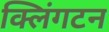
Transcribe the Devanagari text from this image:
क्लिंगटन